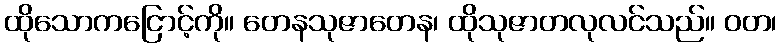
ထိုသောကငြောင့်ကို။ တေနသုဇာတေန၊ ထိုသုဇာတလုလင်သည်။ ဝတ၊